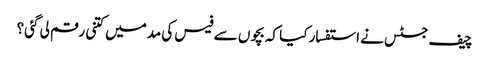
چیف جسٹس نے استفسار کیا کہ بچوں سے فیس کی مدمیں کتنی رقم لی گئی؟